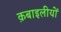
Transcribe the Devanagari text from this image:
क़बाइलीयों